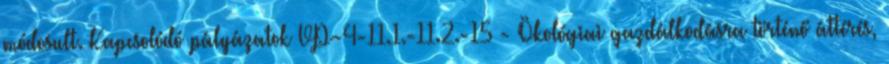
módosult. Kapcsolódó pályázatok VP-4-11.1.-11.2.-15 - Ökológiai gazdálkodásra történő áttérés,